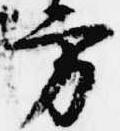
方